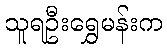
သူရဦးရွှေမန်းက